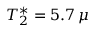
T _ { 2 } ^ { * } = 5 . 7 \, \mu